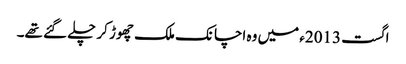
اگست 2013ء میں وہ اچانک ملک چھوڑ کر چلے گئے تھے۔